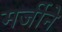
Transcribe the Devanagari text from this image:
मर्जीने